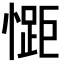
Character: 𭞯